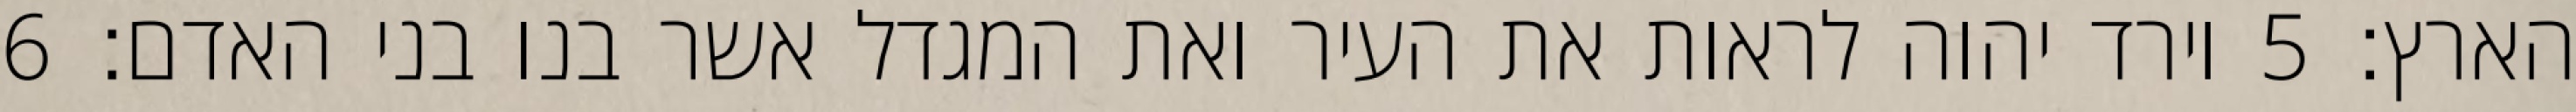
הארץ׃ ‎5‏ וירד יהוה לראות את העיר ואת המגדל אשר בנו בני האדם׃ ‎6‏